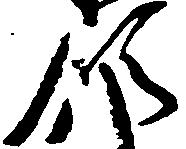
領